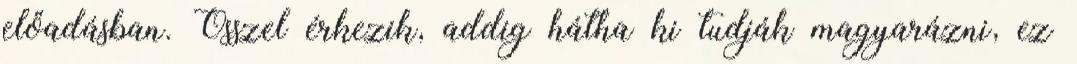
előadásban. Ősszel érkezik, addig hátha ki tudják magyarázni, ez